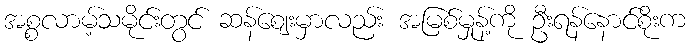
အစ္စလာမ့်သမိုင်းတွင် ဆန်ဈေးမှာလည်း အမြစ်မှုန့်ကို ဦးရန်နောင်စိုးက